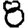
Digit: 8